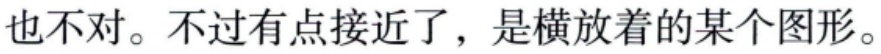
也不对。不过有点接近了，是横放着的某个图形。